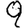
Digit: 9